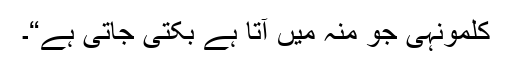
کلمونہی جو منہ میں آتا ہے بکتی جاتی ہے“۔